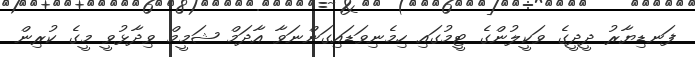
ފަނޑިޔާރު ދީދީގެ ވަކީލުންގެ ޓީމުގައި ހިމެނިވަޑައިގަންނަވާ އާދަމް ޝަމީމް ވިދާޅުވީ މީގެ ކުރިން